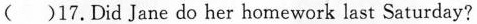
( )17.Did Jane do her homework last Saturday?